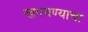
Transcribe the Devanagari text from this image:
खपवण्याचा